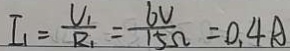
I _ { 1 } = \frac { V _ { 1 } } { R _ { 1 } } = \frac { 6 V } { 1 5 \Omega } = 0 . 4 A